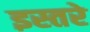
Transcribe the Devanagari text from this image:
इस्तरे